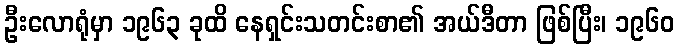
ဦးလောရုံမှာ ၁၉၆၃ ခုထိ နေရှင်းသတင်းစာ၏ အယ်ဒီတာ ဖြစ်ပြီး၊ ၁၉၆၀